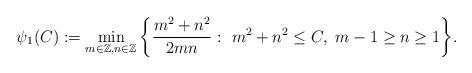
LaTeX: \begin{align*}\psi_1(C) := \min_{ m\in\mathbb{Z}, n\in\mathbb{Z} } \bigg\{ \frac{m^2+n^2}{2mn} : \ m^2+n^2 \le C, \ m-1 \ge n \ge 1 \bigg\}.\end{align*}